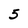
Character: 5